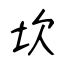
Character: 坎